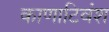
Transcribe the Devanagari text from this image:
काणाटिवंश